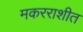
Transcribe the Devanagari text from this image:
मकरराशीत